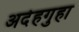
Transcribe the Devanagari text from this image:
अदेहगुहा